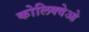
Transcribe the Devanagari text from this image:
कोलिक्वेओ